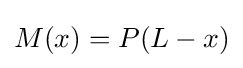
M(x)=P(L-x)